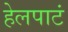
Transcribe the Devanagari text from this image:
हेलपाटं